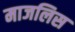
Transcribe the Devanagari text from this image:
माजलिस